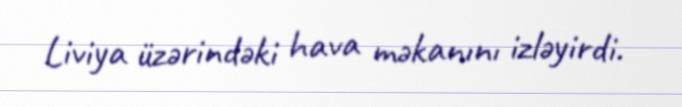
Liviya üzərindəki hava məkanını izləyirdi.